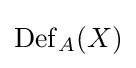
\mathrm {Def} _{A}(X)